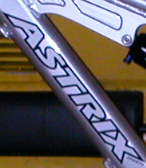
ASTRIX